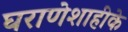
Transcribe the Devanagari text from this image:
घराणेशाहीके